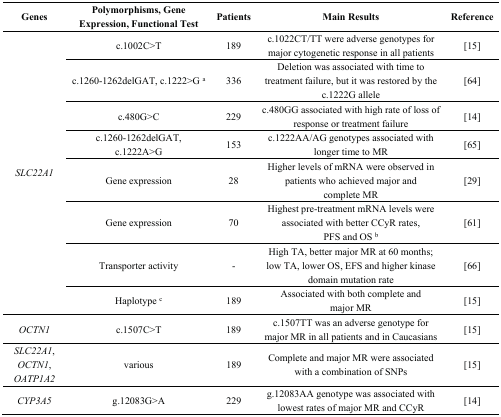
<table><thead><tr><td><b>Genes</b></td><td><b>Polymorphisms, Gene Expression, Functional Test</b></td><td><b>Patients</b></td><td><b>Main Results</b></td><td><b>Reference</b></td></tr></thead><tbody><tr><td rowspan="8"><i>SLC22A1</i></td><td>c.1002C&gt;T</td><td>189</td><td>c.1022CT/TT were adverse genotypes for major cytogenetic response in all patients</td><td>[15]</td></tr><tr><td>c.1260-1262delGAT, c.1222&gt;G <sup>a</sup></td><td>336</td><td>Deletion was associated with time to treatment failure, but it was restored by the c.1222G allele</td><td>[64]</td></tr><tr><td>c.480G&gt;C</td><td>229</td><td>c.480GG associated with high rate of loss of response or treatment failure </td><td>[14]</td></tr><tr><td>c.1260-1262delGAT, c.1222A&gt;G</td><td>153</td><td>c.1222AA/AG genotypes associated with longer time to MR</td><td>[65]</td></tr><tr><td>Gene expression</td><td>28</td><td>Higher levels of mRNA were observed in patients who achieved major and complete MR</td><td>[29]</td></tr><tr><td>Gene expression</td><td>70</td><td>Highest pre-treatment mRNA levels were associated with better CCyR rates, PFS and OS <sup>b</sup></td><td>[61]</td></tr><tr><td>Transporter activity</td><td>-</td><td>High TA, better major MR at 60 months; low TA, lower OS, EFS and higher kinase domain mutation rate </td><td>[66]</td></tr><tr><td>Haplotype <sup>c</sup></td><td>189</td><td>Associated with both complete and major MR</td><td>[15]</td></tr><tr><td><i>OCTN1</i></td><td>c.1507C&gt;T</td><td>189</td><td>c.1507TT was an adverse genotype for major MR in all patients and in Caucasians</td><td>[15]</td></tr><tr><td><i>SLC22A1, OCTN1, OATP1A2</i></td><td>various</td><td>189</td><td>Complete and major MR were associated with a combination of SNPs</td><td>[15]</td></tr><tr><td><i>CYP3A5</i></td><td>g.12083G&gt;A</td><td>229</td><td>g.12083AA genotype was associated with lowest rates of major MR and CCyR</td><td>[14]</td></tr></tbody></table>